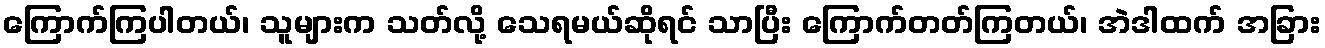
ကြောက်ကြပါတယ်၊ သူများက သတ်လို့ သေရမယ်ဆိုရင် သာပြီး ကြောက်တတ်ကြတယ်၊ အဲဒါထက် အခြား